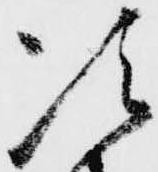
次